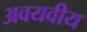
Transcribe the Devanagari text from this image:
अवयवीय